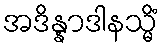
အဒိန္နာဒါနသ္မိံ